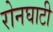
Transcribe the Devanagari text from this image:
रोनघाटी